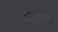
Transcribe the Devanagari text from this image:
अनुप्रस्था